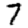
Digit: 7